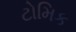
ટોમિક